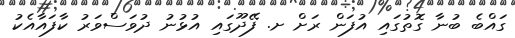
ގައްބެ ބުނާ ގޮތުގައި އުފަން ރަށް ށ. ފޭދޫގައި އުޅުނު ދުވަސްވަރު ކާފައާއެކު